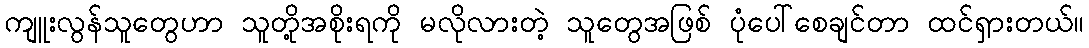
ကျူးလွန်သူတွေဟာ သူတို့အစိုးရကို မလိုလားတဲ့ သူတွေအဖြစ် ပုံပေါ်စေချင်တာ ထင်ရှားတယ်။